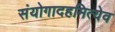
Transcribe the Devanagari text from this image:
संयोगादहमित्येव